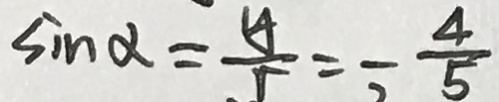
\sin \alpha = \frac { y } { r } = - \frac { 4 } { 5 }